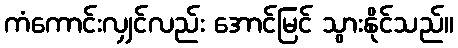
ကံကောင်းလျှင်လည်း အောင်မြင် သွားနိုင်သည်။